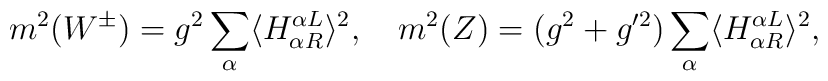
m^2(W^\pm) =  g^2 \sum_\alpha \langle H_{\alpha R}^{\alpha L}\rangle^2,\quad m^2(Z) = (g^2+g'^2)\sum_\alpha\langle H_{\alpha R}^{\alpha L}\rangle^2,\quad